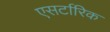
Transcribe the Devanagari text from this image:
एसर्टारिक